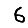
Digit: 6